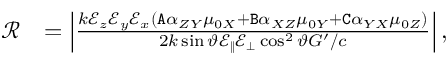
\begin{array} { r l } { \mathcal { R } } & { = \left| \frac { k \mathcal { E } _ { z } \mathcal { E } _ { y } \mathcal { E } _ { x } ( \mathtt { A } \alpha _ { Z Y } \mu _ { 0 X } + \mathtt { B } \alpha _ { X Z } \mu _ { 0 Y } + \mathtt { C } \alpha _ { Y X } \mu _ { 0 Z } ) } { 2 k \sin \vartheta \mathcal { E } _ { \| } \mathcal { E } _ { \bot } \cos ^ { 2 } \vartheta G ^ { \prime } / c } \right| , } \end{array}